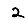
Digit: 2